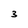
Character: 3